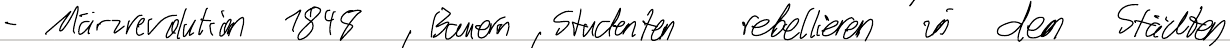
- Märzrevolution 1848, Bauern, Studenten rebellieren in den Städten